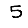
Digit: 5